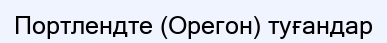
Портлендте (Орегон) туғандар